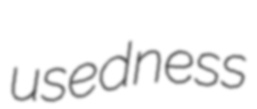
usedness